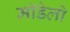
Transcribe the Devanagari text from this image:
मॉडेलो